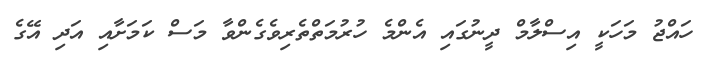
ހައްޖުު މަހަކީ އިސްލާމް ދީނުގައި އެންމެ ހުރުމަތްތެރިވެގެންވާ މަސް ކަމަށާއި އަދި އޭގެ